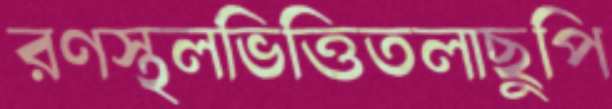
রণস্থলভিত্তিতলাছুপি